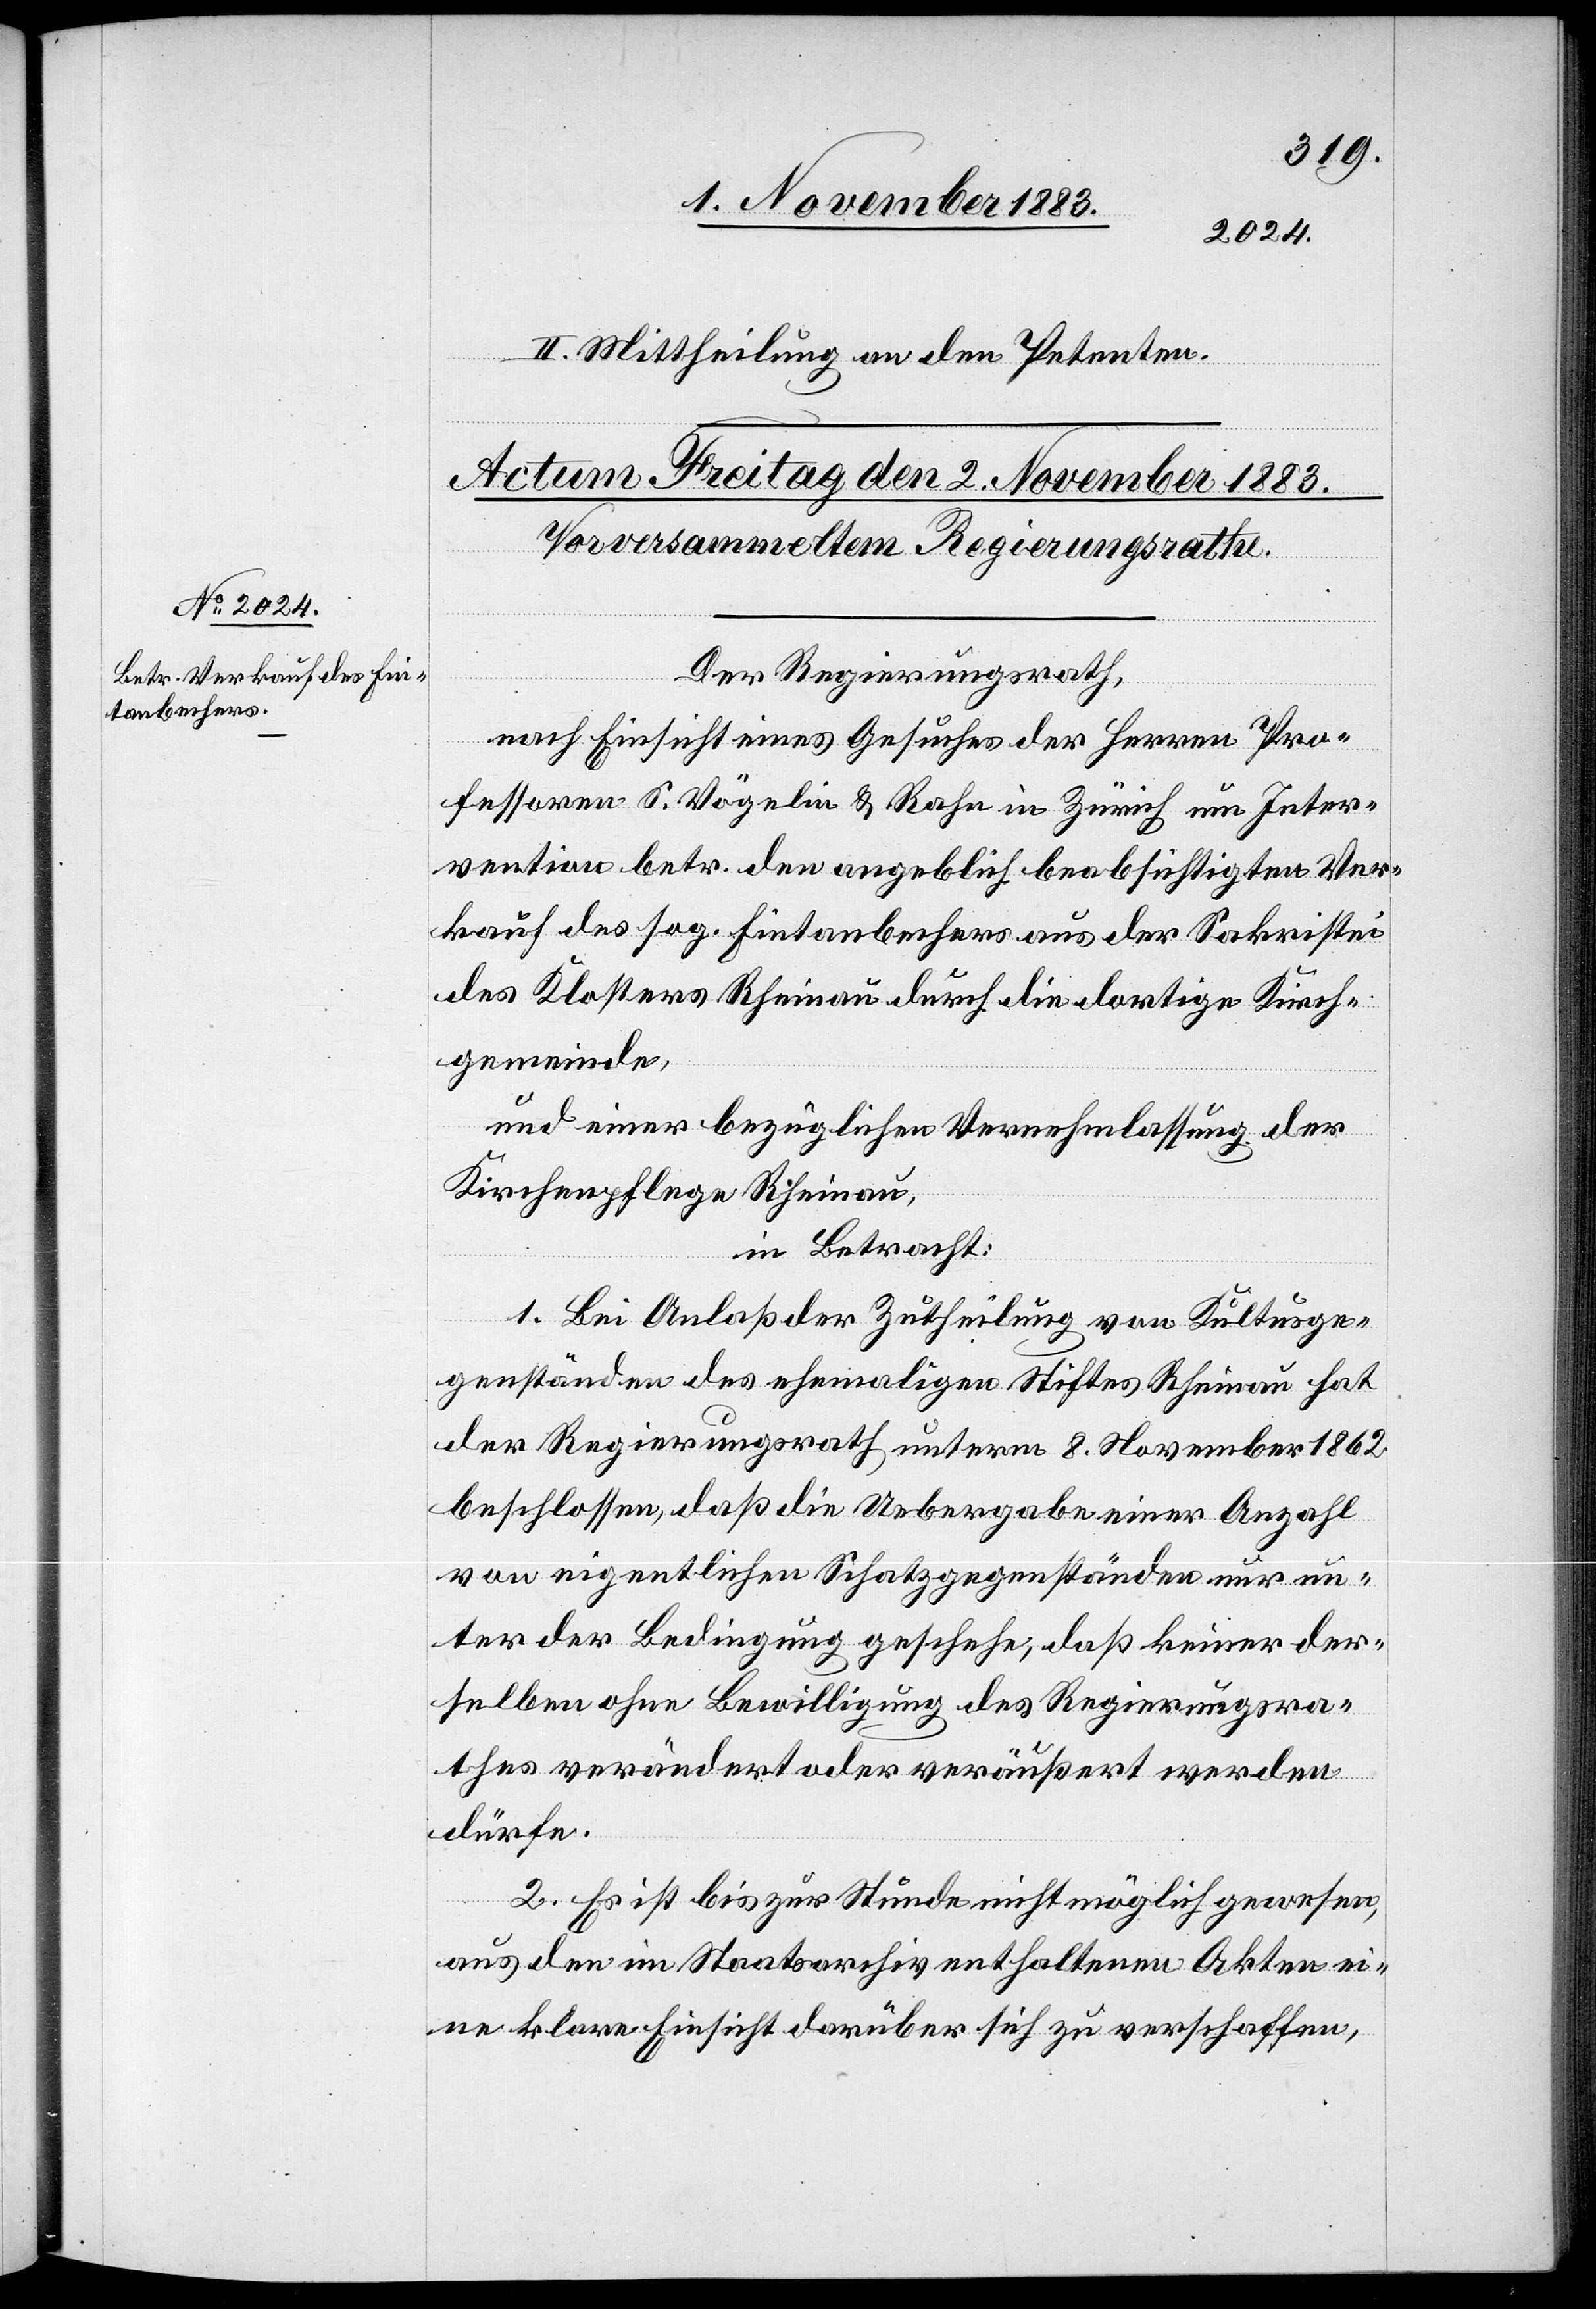
II. Mittheilung an den Petenten.
Der Regierungsrath,
nach Einsicht eines Gesuches der Herren Pro¬
fessoren S. Vögelin & Rahn in Zürich um Inter¬
vention betr. den angeblich beabsichtigten Ver¬
kauf des sog. Fintanbechers aus der Sakristei
des Klosters Rheinau durch die dortige Kirch¬
gemeinde,
und einer bezüglichen Vernehmlassung der
Kirchenpflege Rheinau,
in Betracht:
1. Bei Anlaß der Zutheilung von Kultusge¬
genständen des ehemaligen Stiftes Rheinau hat
der Regierungsrath unterm 8. November 1862
beschlossen, daß die Uebergabe einer Anzahl
von eigentlichen Schatzgegenständen nur un¬
ter der Bedingung geschehe, daß keiner der¬
selben ohne Bewilligung des Regierungsra¬
thes verändert oder veräußert werden
dürfe.
2. Es ist zur Stunde nicht möglich gewesen
aus den im Staatsarchiv enthaltenen Akten ei¬
ne klare Einsicht darüber sich zu verschaffen,